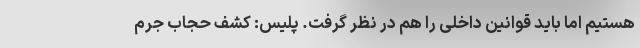
هستیم اما باید قوانین داخلی را هم در نظر گرفت. پلیس: کشف حجاب جرم